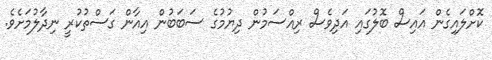
ކޮށްލައިގެން އައިސް ބޮލުގައި އަދިވެސް ރިއްސަމުން ދިޔުމުގެ ސަބަބުން އިއާން ގަސްތުކުރީ ނިދާލުމަށެވެ.